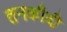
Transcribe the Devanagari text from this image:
तनकीदी